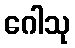
ဂေါသု